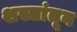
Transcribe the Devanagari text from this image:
शस्त्रांतून